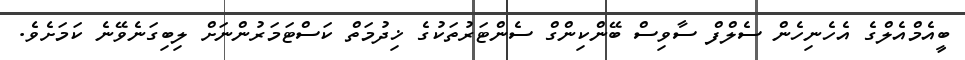
ބީއެމްއެލްގެ އެހެނިހެން ސެލްފް ސާވިސް ބޭންކިންގް ސެންޓަރުތަކުގެ ޚިދުމަތް ކަސްޓަމަރުންނަށް ލިބިގަނެވޭނެ ކަމަށެވެ.